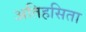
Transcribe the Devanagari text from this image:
अतिहसिता